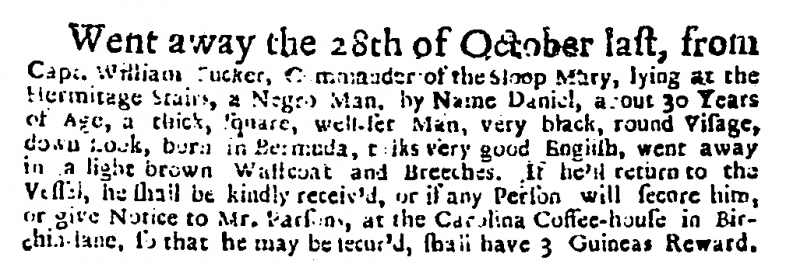
Daily Courant, 19 November 1717 (England)
Went away the 28th of October last, from Capt. William [T]ucker, Commander of the Sloop Mary, lying at the Hermitage Stairs, a Negro Man, by Name Daniel, about 30 Years of Age, a thick, square, well-set Man, very black, round Visage, down look, born in Bermuda, talks very good English, went away in a light brown Wastcoat and Breeches. If he’d return to the Vessel, he shall be kindly receiv’d, or if any Person will secure him, or give Notice to Mr. Parsons, at the Carolina Coffee-house in Birchin-lane, so that he may be secur’d, shall have 3 Guineas Reward.